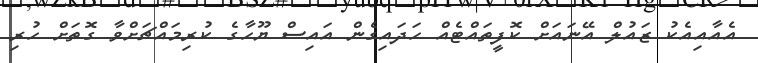
އެއާއިއެކު ޒައުލް އޭނައަށް ކޮފީތައްޓެއް ހަދައިގެން އައިސް ޔޫހާގެ ކުރިމައްޗަށްވާ ގޮތަށް ހުރި